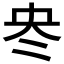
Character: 𠖼